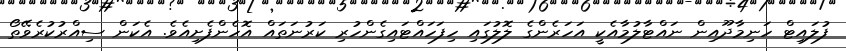
ފުލައިޓް ހަނިމާދޫއިން ނައްޓާލުމާއެކީ އަހަރެންގެ ލޮލުގައި ހިފަހައްޓައިގެންހުރި ކަރުނަތައް އޮހެންފެށިއެވެ. އެކަން ސިއްރުކުރެވޭތޯ